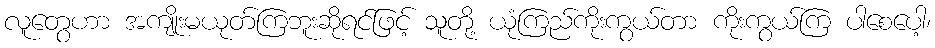
လူတွေဟာ အကျိုးမယုတ်ကြဘူးဆိုရင်ဖြင့် သူတို့ ယုံကြည်ကိုးကွယ်တာ ကိုးကွယ်ကြ ပါစေပေါ့၊